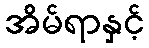
အိမ်ရာနှင့်